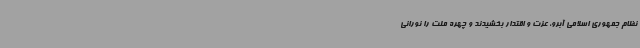
نظام جمهوری اسلامی آبرو، عزت و اقتدار بخشیدند و چهره ملت را نورانی